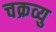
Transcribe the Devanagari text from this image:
चक्रव्यु